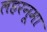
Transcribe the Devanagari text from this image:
लहरनूमा